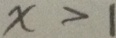
x > 1